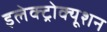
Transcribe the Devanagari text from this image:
इलेक्ट्रोक्यूशन